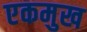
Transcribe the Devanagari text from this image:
एकमुख